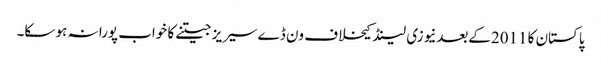
پاکستان کا 2011کےبعدنیوزی لینڈ کیخلاف ون ڈےسیریز جیتنے کا خواب پورا نہ ہو سکا۔